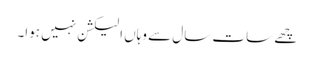
چھے سات سال سے وہاں الیکشن نہیں ہوا۔